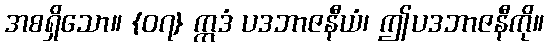
အစရှိသော။ {၀၇} ဣဒံ ပဒဘာဇနီယံ၊ ဤပဒဘာဇနီကို။